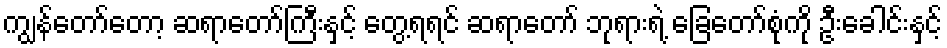
ကျွန်တော်တော့ ဆရာတော်ကြီးနှင့် တွေ့ရရင် ဆရာတော် ဘုရားရဲ့ ခြေတော်စုံကို ဦးခေါင်းနှင့်